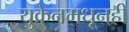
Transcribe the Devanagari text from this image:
युक्रेनमधूनही